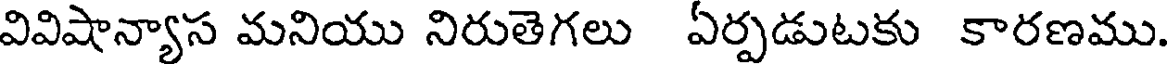
వివిషాన్యాస మనియు నిరుతెగలు ఏర్పడుటకు కారణము.